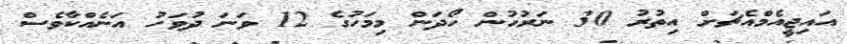
އައިޖީއެމްއެޗަށް އިތުރު 30 ނަރުހުން ހޯދަން މިމަހުގެ 12 ވަނަ ދުވަހު އަނެއްކާވެސް